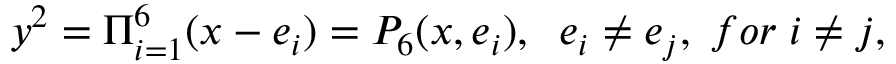
y ^ { 2 } = \Pi _ { i = 1 } ^ { 6 } ( x - e _ { i } ) = P _ { 6 } ( x , e _ { i } ) , \; \; e _ { i } \neq e _ { j } , \; f o r \; i \neq j ,